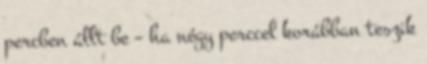
percben állt be – ha négy perccel korábban teszik